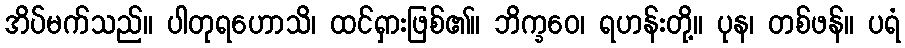
အိပ်မက်သည်။ ပါတုရဟောသိ၊ ထင်ရှားဖြစ်၏။ ဘိက္ခဝေ၊ ရဟန်းတို့။ ပုန၊ တစ်ဖန်။ ပရံ